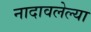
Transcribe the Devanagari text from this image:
नादावलेल्या